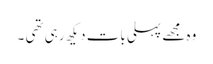
وہ مجھے پہلی بات دیکھ رہی تھی ۔